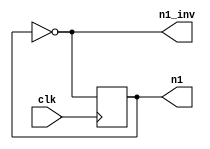
module dff0_test(n1, n1_inv, clk);
  input clk;
  output n1;
  reg n1 = 32'd0;
  output n1_inv;
  always @(posedge clk)
      n1 <= n1_inv;
  assign n1_inv = ~n1;
endmodule